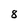
Character: 8